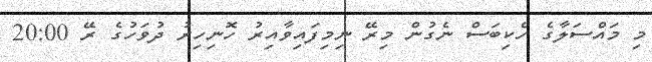
މި މައްސަލާގެ ހެކިބަސް ނެގުން މިރޭ ނިމިފައިވާއިރު ހޮނިހިރު ދުވަހުގެ ރޭ 20:00